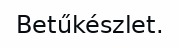
Betűkészlet.